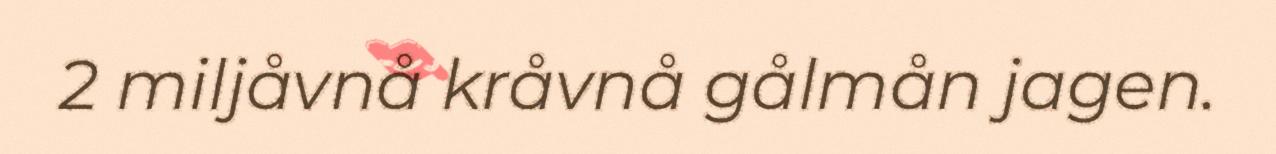
2 miljåvnå kråvnå gålmån jagen.